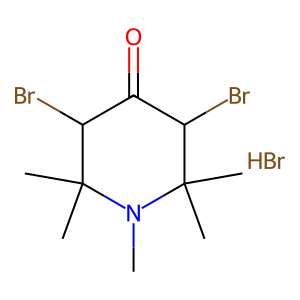
SMILES: Br.CN1C(C)(C)C(Br)C(=O)C(Br)C1(C)C
Inhibits HIV replication: No